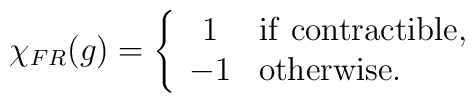
\chi_{FR}(g) = \left\{\begin{array}{cl}1 & {\rm if\ }  {\rm contractible}, \\-1& {\rm otherwise}.\end{array}\right.